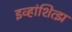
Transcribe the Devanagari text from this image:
इव्हांशित्झ